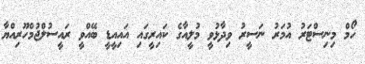
ހޯމް މިނިސްޓަރު އުމަރު ނަސީރު ވިދާޅުވީ މުލީއާގެ ކައިރީގައި އައިއީޑީ ބޭއްވީ ރައީސުލްޖުމްހޫރިއްޔާ